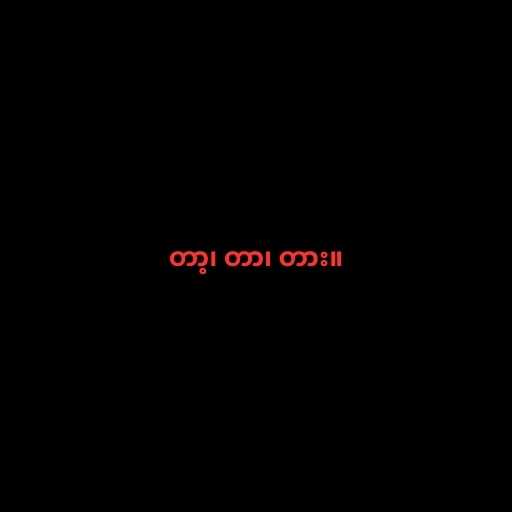
တာ့၊ တာ၊ တား။